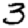
Digit: 3